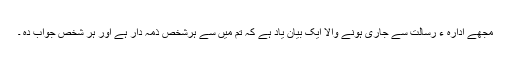
مجھے اِدارہ ء رسالتؐ سے جاری ہونے والا ایک بیان یاد ہے کہ تم میں سے ہرشخص ذمہ دار ہے اور ہر شخص جواب دہ ۔